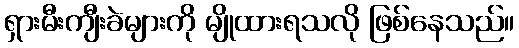
ရှားမီးကျီးခဲများကို မျိုထားရသလို ဖြစ်နေသည်။